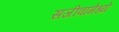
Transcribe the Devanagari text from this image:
सजीवांमेध्ये